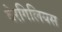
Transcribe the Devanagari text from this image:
वेरगिलियस